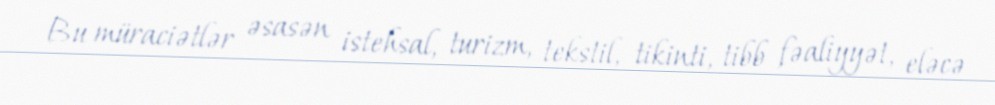
Bu müraciətlər əsasən istehsal, turizm, tekstil, tikinti, tibb fəaliyyət, eləcə